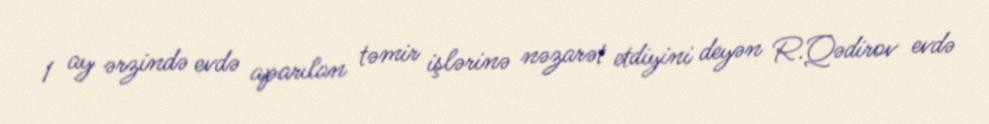
1 ay ərzində evdə aparılan təmir işlərinə nəzarət etdiyini deyən R.Qədirov evdə